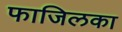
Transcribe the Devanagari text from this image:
फाजिलका